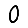
Digit: 0